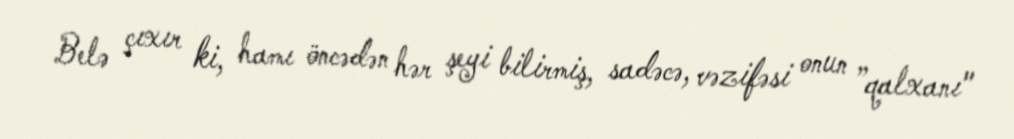
Belə çıxır ki, hamı öncədən hər şeyi bilirmiş, sadəcə, vəzifəsi onun ”qalxanı"